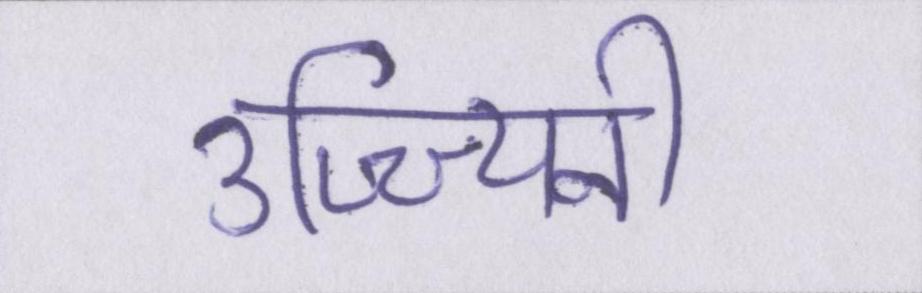
उज्ज्यिनी